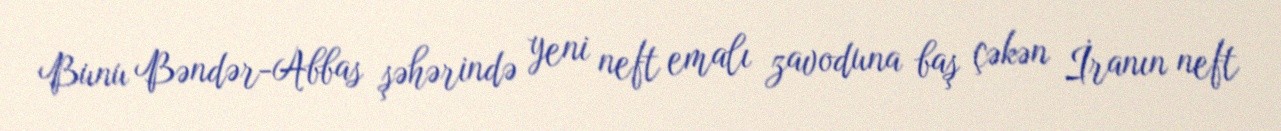
Bunu Bəndər-Abbas şəhərində yeni neft emalı zavoduna baş çəkən İranın neft